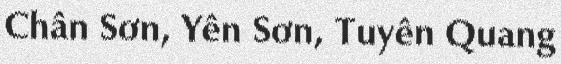
Chân Sơn, Yên Sơn, Tuyên Quang